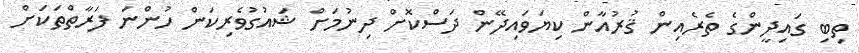
ތިބި ގައިދީންގެ ތެރެއިން ޤުރުއާން ކިޔަވައިދޭން ދަސްކޮށް ދިނުމަށް ޝައުގުވެރިކަން ހުންނަ ފަރާތްތަކަށް